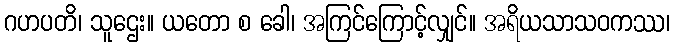
ဂဟပတိ၊ သူဌေး။ ယတော စ ခေါ၊ အကြင်ကြောင့်လျှင်။ အရိယသာသဝကဿ၊